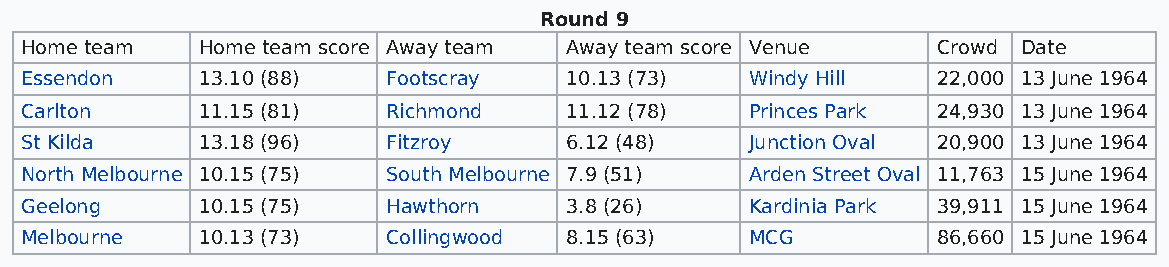
Round 9
 Home team   Home team score Away team Away team score Venue  Crowd Date
 Essendon    13.10 (88)   Footscray  10.13 (73)   Windy Hill  22,000 13 June 1964
 Carlton     11.15 (81)   Richmond   11.12 (78)   Princes Park 24,930 13 June 1964
 St Kilda    13.18 (96)   Fitzroy    6.12 (48)    Junction Oval 20,900 13 June 1964
 North Melbourne 10.15 (75) South Melbourne 7.9 (51) Arden Street Oval 11,763 15 June 1964
 Geelong     10.15 (75)   Hawthorn   3.8 (26)     Kardinia Park 39,911 15 June 1964
 Melbourne   10.13 (73)   Collingwood 8.15 (63)   MCG         86,660 15 June 1964